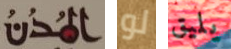
المدن لو يليق